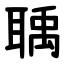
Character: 聥